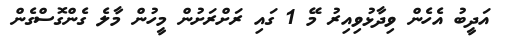
އަދީބު އެހެން ވިދާޅުވިއިރު މޭ 1 ގައި ރަށްރަށުން މީހުން މާލެ ގެންގޮސްގެން